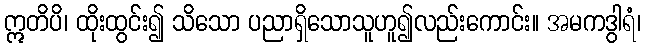
ဣတိပိ၊ ထိုးထွင်း၍ သိသော ပညာရှိသောသူဟူ၍လည်းကောင်း။ အမကဒွါရံ၊